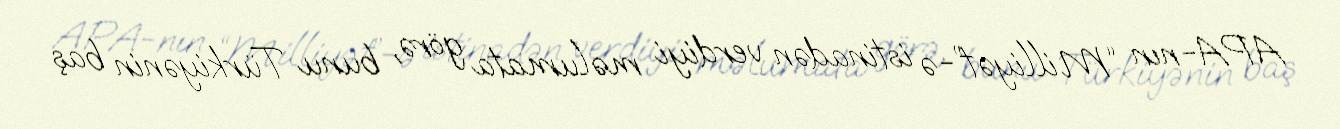
APA-nın “Milliyət”-ə istinadən verdiyi məlumata görə, bunu Türkiyənin baş